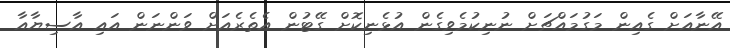
އޭނާއަށް ގެއިން މަގުމައްޗަށް ނުނިކުމެވިގެން އުޅެނިކޮށް ގޭޓުން އެތެރެއަށް ވަންނަން އައި އާސިޔާއާ